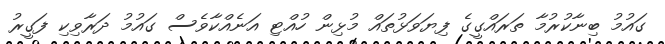
ގައުމު ބިނާކުރުމާ ތަރައްގީގެ ފިޔަވަޅުތައް މުޅިން ހުއްޓި އަނެއްކާވެސް ގައުމު ދަރާވިކި ފަގީރު